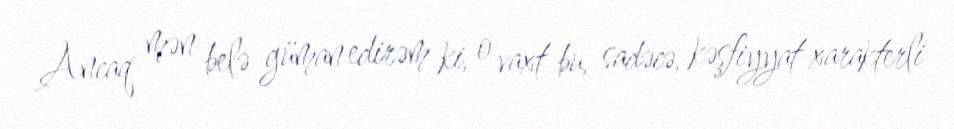
Ancaq mən belə güman edirəm ki, o vaxt bu, sadəcə, kəşfiyyat xarakterli